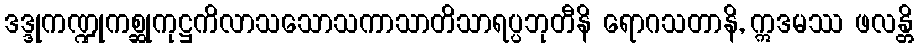
ဒဒ္ဒုကဏ္ဍုကစ္ဆုကုဋ္ဌကိလာသသောသကာသာတိသာရပ္ပဘုတီနိ ရောဂသတာနိ, ဣဒမဿ ဖလန္တိ